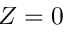
Z = 0